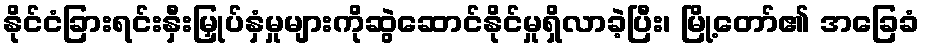
နိုင်ငံခြားရင်းနှီးမြှုပ်နှံမှုများကိုဆွဲဆောင်နိုင်မှုရှိလာခဲ့ပြီး၊ မြို့တော်၏ အခြေခံ